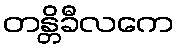
တန္တိခီလကေ